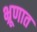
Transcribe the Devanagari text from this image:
भ्रूणात